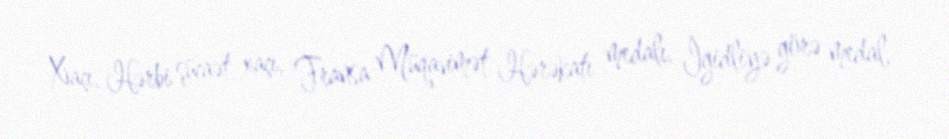
Xaçı, Hərbi şücaət xaçı, Fransa Müqavimət Hərəkatı medalı, İgidliyə görə medal,